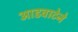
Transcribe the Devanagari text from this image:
आडवाटेने